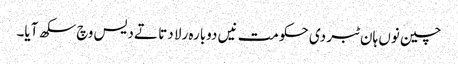
چین نوں ہان ٹبر دی حکومت نیں دوبارہ رلا دتا تے دیس وچ سکھ آیا۔